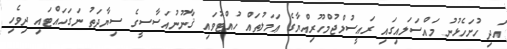
އަދި ހުށަހެޅުނު މައްސަލައިގައި ރައީސުލްޖުމްހޫރިއްޔާގެ ޢަމަލުތައް ހުއްޓުވައި ޤާނޫނުއަސާސީގެ ސިޔާދަތު ނަގަހައްޓައި ދިވެހި